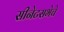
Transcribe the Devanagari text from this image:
सीनेटसभेचे